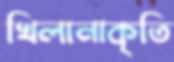
খিলানাকৃতি